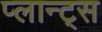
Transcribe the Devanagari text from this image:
प्लान्ट्स